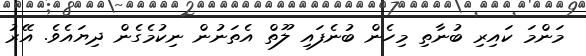
މަންމަ ކައިރި ބުނާތި މިހެން ބުނެފައި ލޫތް އެތަނުން ނިކުމެގެން ދިޔައެވެ. އޭރު